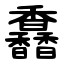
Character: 馫